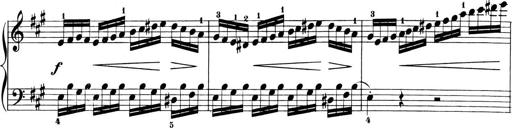
Title: 6 Piano Sonatinas
Composer: Cornelius Gurlitt